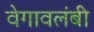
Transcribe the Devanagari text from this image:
वेगावलंबी